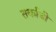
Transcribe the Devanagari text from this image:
तर्काची